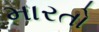
મારતો